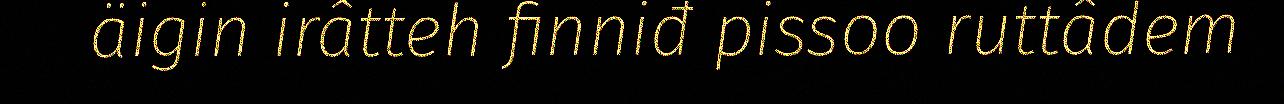
äigin irâtteh finniđ pissoo ruttâdem